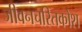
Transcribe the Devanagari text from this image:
जीवनचरितकोश